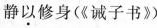
静以修身（《诫子书》）